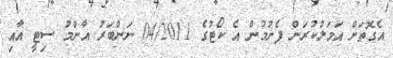
އެގޮތަށް އަމަލުކުރަން ފެށުމުން އެ ކޯޓުގެ 04/2011 ނަންބަރު އާންމު ސިޓީ އާއި